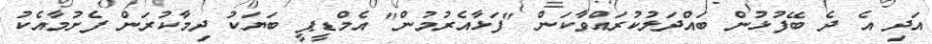
އަދި އެ ދެ ބޭފުޅުން ބައްދަލުކުރައްވާކަން "ފަޅާއެރުމުން" އެމްޑީޕީ ބަޔަކު ދިމާކުރަން ފެށުމާއެކު